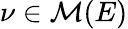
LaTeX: \nu\in\mathcal{M}(E)